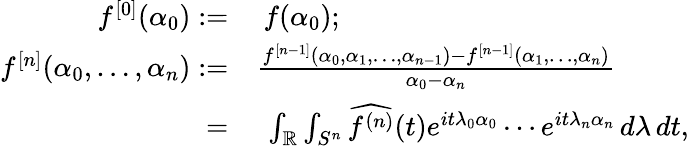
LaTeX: \begin{array}{rl}{f^{[0]}(\alpha_{0}):=}&{~f(\alpha_{0});}\\ {f^{[n]}(\alpha_{0},\ldots,\alpha_{n}):=}&{\frac{f^{[n-1]}(\alpha_{0},\alpha_{1},\ldots,\alpha_{n-1})-f^{[n-1]}(\alpha_{1},\ldots,\alpha_{n})}{\alpha_{0}-\alpha_{n}}}\\ {=}&{~\int_{\mathbb R}\int_{S^{n}}\widehat{f^{(n)}}(t)e^{it\lambda_{0}\alpha_{0}}\cdots e^{it\lambda_{n}\alpha_{n}}\, d\lambda\, dt,}\end{array}